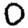
Digit: 0